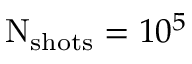
\mathrm N _ { \mathrm { s h o t s } } = 1 0 ^ { 5 }